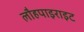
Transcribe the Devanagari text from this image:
लौहपाइराइट